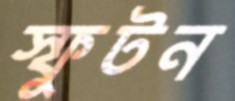
স্ফুটন